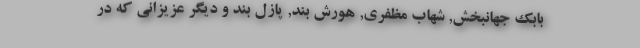
بابک جهانبخش, شهاب مظفری, هورش بند, پازل بند و دیگر عزیزانی که در